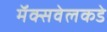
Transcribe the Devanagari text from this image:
मॅक्सवेलकडे